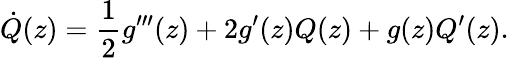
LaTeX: \dot{Q}(z)=\frac{1}{2}g^{\prime\prime\prime}(z)+2g^{\prime}(z)Q(z)+g(z)Q^{\prime}(z).